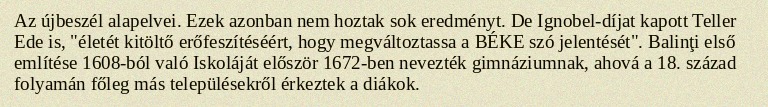
Az újbeszél alapelvei. Ezek azonban nem hoztak sok eredményt. De Ignobel-díjat kapott Teller Ede is, "életét kitöltő erőfeszítéséért, hogy megváltoztassa a BÉKE szó jelentését". Balinţi első említése 1608-ból való Iskoláját először 1672-ben nevezték gimnáziumnak, ahová a 18. század folyamán főleg más településekről érkeztek a diákok.